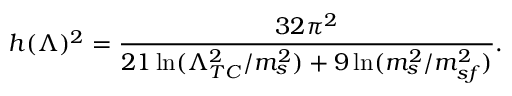
h ( \Lambda ) ^ { 2 } = { \frac { 3 2 \pi ^ { 2 } } { 2 1 \ln ( \Lambda _ { T C } ^ { 2 } / m _ { s } ^ { 2 } ) + 9 \ln ( m _ { s } ^ { 2 } / m _ { s f } ^ { 2 } ) } } .